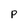
Character: p